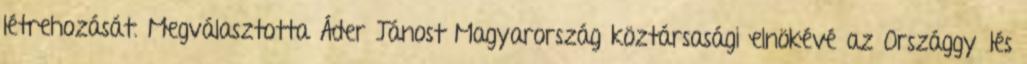
létrehozását. Megválasztotta Áder Jánost Magyarország köztársasági elnökévé az Országgyűlés